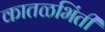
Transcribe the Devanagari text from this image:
कातळभिंती